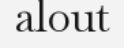
alout